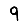
Digit: 9